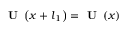
\textbf { U } \left( \boldsymbol { x } + \boldsymbol { l } _ { 1 } \right) = \textbf { U } \left( \boldsymbol { x } \right)